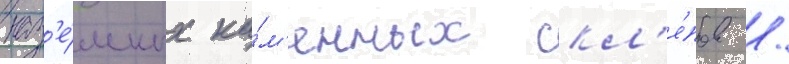
наз'е́мных ка́м'енных скл'е́пов /